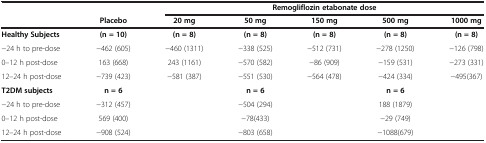
<table><thead><tr><td><b> </b></td><td><b> </b></td><td colspan="5"><b>Remogliflozin etabonate dose</b></td></tr><tr><td><b> </b></td><td><b>Placebo</b></td><td><b>20 mg</b></td><td><b>50 mg</b></td><td><b>150 mg</b></td><td><b>500 mg</b></td><td><b>1000 mg</b></td></tr></thead><tbody><tr><td><b>Healthy Subjects</b></td><td><b>(n = 10)</b></td><td><b>(n = 8)</b></td><td><b>(n = 8)</b></td><td><b>(n = 8)</b></td><td><b>(n = 8)</b></td><td><b>(n = 8)</b></td></tr><tr><td>-24 h to pre-dose</td><td>-462 (605)</td><td>-460 (1311)</td><td>-338 (525)</td><td>-512 (731)</td><td>-278 (1250)</td><td>-126 (798)</td></tr><tr><td>0–12 h post-dose</td><td>163 (668)</td><td>243 (1161)</td><td>-570 (582)</td><td>-86 (909)</td><td>-159 (531)</td><td>-273 (331)</td></tr><tr><td>12–24 h post-dose</td><td>-739 (423)</td><td>-581 (387)</td><td>-551 (530)</td><td>-564 (478)</td><td>-424 (334)</td><td>-495(367)</td></tr><tr><td><b>T2DM subjects</b></td><td><b>n = 6</b></td><td> </td><td><b>n = 6</b></td><td> </td><td><b>n = 6</b></td><td> </td></tr><tr><td>-24 h to pre-dose</td><td>-312 (457)</td><td> </td><td>-504 (294)</td><td> </td><td>188 (1879)</td><td> </td></tr><tr><td>0–12 h post-dose</td><td>569 (400)</td><td> </td><td>-78(433)</td><td> </td><td>-29 (749)</td><td> </td></tr><tr><td>12–24 h post-dose</td><td>-908 (524)</td><td> </td><td>-803 (658)</td><td> </td><td>-1088(679)</td><td> </td></tr></tbody></table>